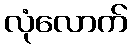
လုံလောက်